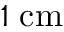
1 \; \mathrm { c m }